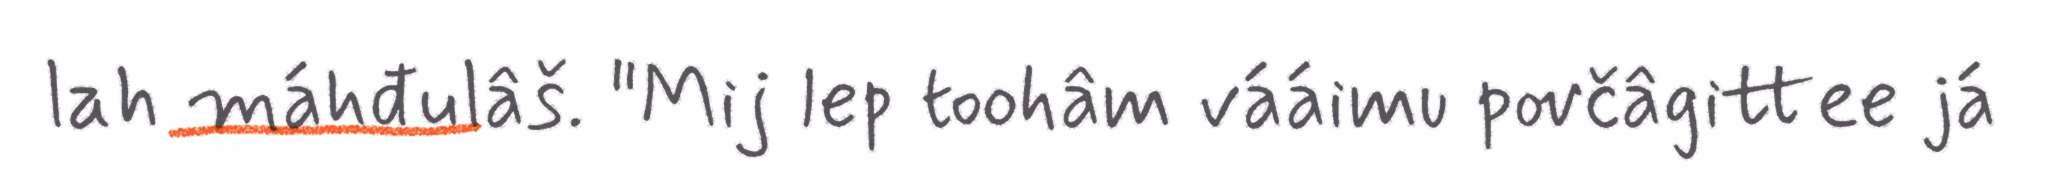
lah máhđulâš. "Mij lep toohâm vááimu povčâgittee já